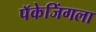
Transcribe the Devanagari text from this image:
पॅकेजिंगला